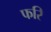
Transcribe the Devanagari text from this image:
फरि